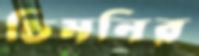
চিমনির